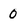
Character: 0